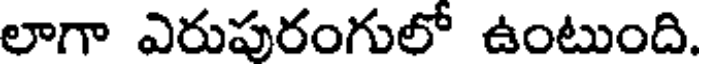
లాగా ఎరుపురంగులో ఉంటుంది.